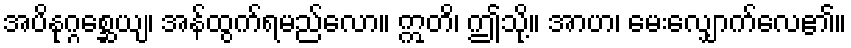
အပိနုဂ္ဂစ္ဆေယျ၊ အန်ထွက်ရမည်လော။ ဣတိ၊ ဤသို့။ အာဟ၊ မေးလျှောက်လေ၏။